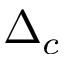
\Delta _ { c }